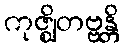
ကုဇ္ဈိတဗ္ဗန္တိ